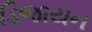
ડિજાયન